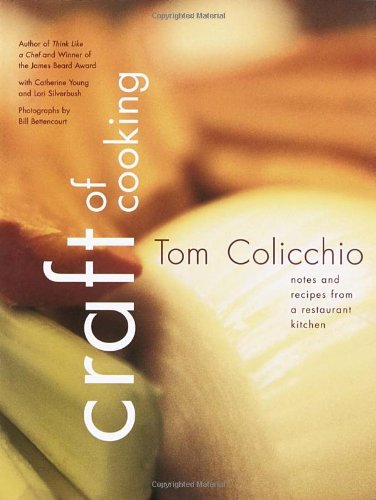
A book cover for Craft of Cooking: Notes and Recipes from a Restaurant Kitchen; Tom Colicchio; Cookbooks, Food & Wine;